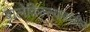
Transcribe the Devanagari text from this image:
बालेकिल्ल्याकडील